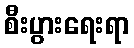
စီးပွားရေးရာ